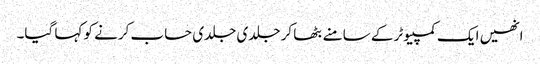
انھیں ایک کمپیوٹر کے سامنے بٹھا کر جلدی جلدی حساب کرنے کو کہا گیا۔